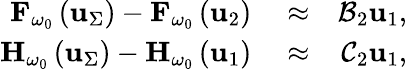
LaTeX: \begin{array}{rlr}{{\mathbf F}_{\omega_{0}}\left({\mathbf u}_{\Sigma}\right)-{\mathbf F}_{\omega_{0}}\left({\mathbf u}_{2}\right)}&{{}\approx}&{{\cal B}_{2}\mathbf{u}_{1},}\\ {{\mathbf H}_{\omega_{0}}\left({\mathbf u}_{\Sigma}\right)-{\mathbf H}_{\omega_{0}}\left({\mathbf u}_{1}\right)}&{{}\approx}&{{\cal C}_{2}\mathbf{u}_{1},}\end{array}